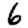
Digit: 6